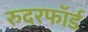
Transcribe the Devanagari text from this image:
रुदरफॉर्ड